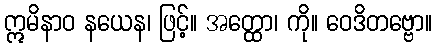
ဣမိနာဝ နယေန၊ ဖြင့်။ အတ္ထော၊ ကို။ ဝေဒိတဗ္ဗော။